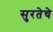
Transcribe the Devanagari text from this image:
सुरतेचे